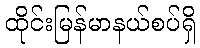
ထိုင်းမြန်မာနယ်စပ်ရှိ